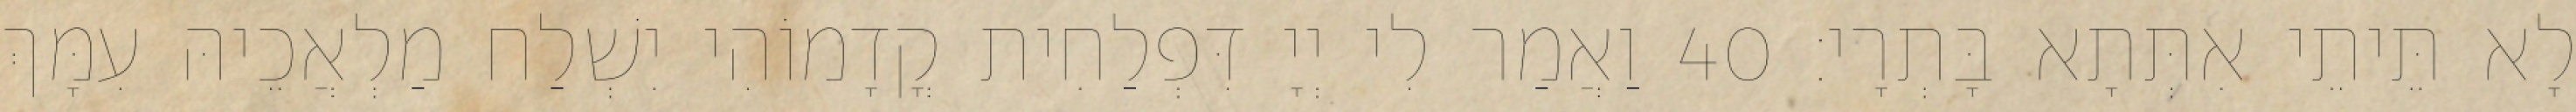
לָא תֵּיתֵי אִתְּתָא בָּתְרָי׃ 40 וַאֲמַר לִי יְיָ דִּפְלַחִית קֳדָמוֹהִי יִשְׁלַח מַלְאֲכֵיהּ עִמָּךְ